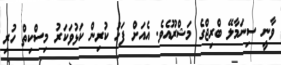
ވާނީ ސިނަމާލޭ ބްރިޖްގެ މަޝްރޫއެވެ. އެއަށް ފަހު ކުރިން ކަޅުވަކަރު މިސްކިތް ހުރި